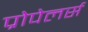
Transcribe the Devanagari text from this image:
प्रोपेलर्स